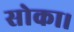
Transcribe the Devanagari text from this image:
सोका।